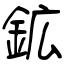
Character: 鉱